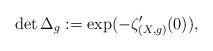
LaTeX: \begin{align*}\det \Delta_{g}:= \exp (-\zeta'_{(X, g)}(0)),\end{align*}